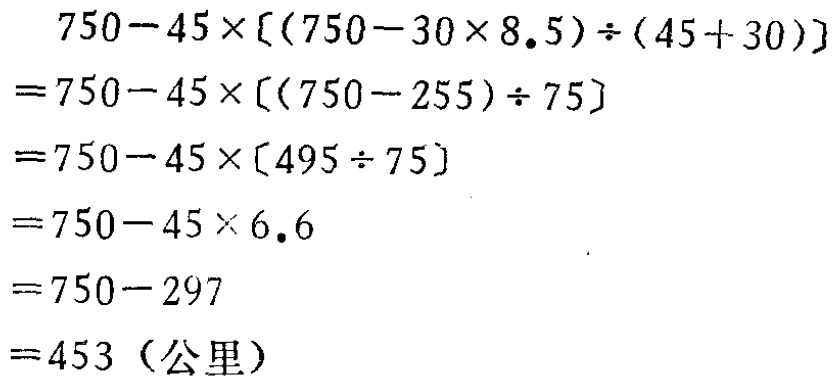
\[

\begin{align*}

&750 - 45\times[(750 - 30\times8.5)\div(45 + 30)]\\

=&750 - 45\times[(750 - 255)\div75]\\

=&750 - 45\times[495\div75]\\

=&750 - 45\times6.6\\

=&750 - 297\\

=&453（公里）

\end{align*}

\]